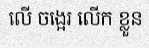
លើ ចង្អេរ លើក ខ្លួន